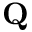
\mathbf { Q }